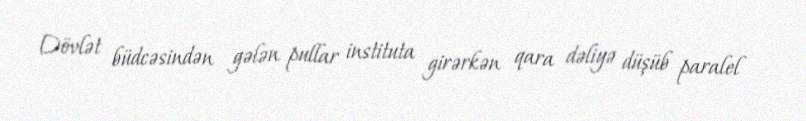
Dövlət büdcəsindən gələn pullar instituta girərkən qara dəliyə düşüb paralel